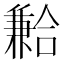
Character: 𪞍